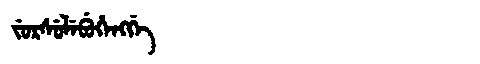
Manchu: ᠵᡠᡵᠰᡠᠯᡝᠪᡠᡥᡝᠩᡤᡝ
Romanization: JURSULEBUHENGGE